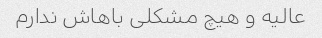
عالیه و هیچ مشکلی باهاش ندارم